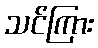
သင်ကြား